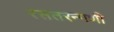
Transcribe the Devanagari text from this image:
रसतरन्गणी